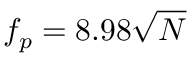
f _ { p } = 8 . 9 8 \sqrt { N }